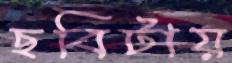
ছবিটায়